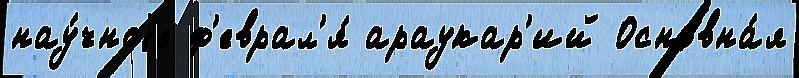
нау́чноjе ф'еврал'я́ араукар'ий Основна́я